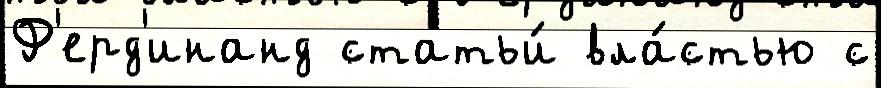
Ф'ерд'инанд статьи́ вла́стью с